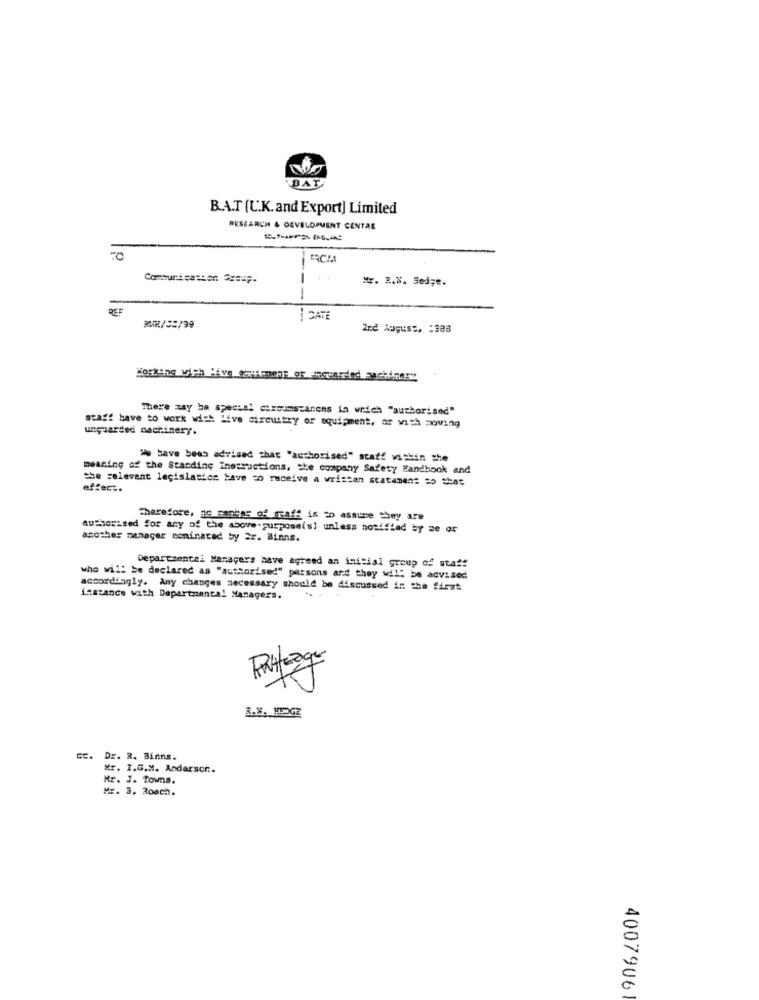
BAT
B.A.T (U.K. and Export] Limited
RESEARCH & DEVELOPMENT CENTRE
Communication Group.
Mr. R.W. Sed;e.
----
CATE
2nd August, : 388
Korking with Hive ticoens or usearded machine
There may be special circumstances in which "authorised"
unguarded machinery.
staff have to work with live circuitry of equipment, or with moving
"We have been advised that "authorised" staff within the
meaning of the Standing Inessustions, the company Safety Handbook and
the relevant legislasice Have to receive a wristan scatenen: so that
effect.
Therefore, ge canber of graff is to assume they are
authorised for any of the above-purpose(s) unless notified by se or
another manager cominated by Er. Binns.
Departmental Managers have agreed an initial group of sta !!
who will be declared as "authorised" persons and they will be advised
accordingly. Any changes necessary should be discussed in the first
instance with Departmental Managers.
R.W. HUDGE
DE. R. Binns.
Mr. I.G.M. Andarson ..
Mr. J. Towns.
Mr. 3. Roach.
4007906